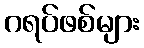
ဂရပ်ဖစ်များ